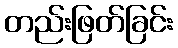
တည်းဖြတ်ခြင်း